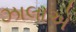
ઝાલાએ